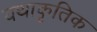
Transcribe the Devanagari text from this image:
यथाकृतिक